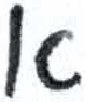
אות: א